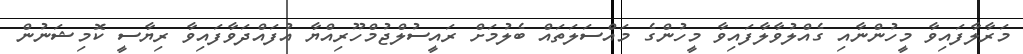
މަރާލާފައިވާ މީހުންނާއި ގެއްލުވާލާފައިވާ މީހުންގެ މައްސަލަތައް ބެލުމަށް ރައީސުލްޖުމްހޫރިއްޔާ އުފައްދަވާފައިވާ ރިޔާސީ ކޮމިޝަނުން